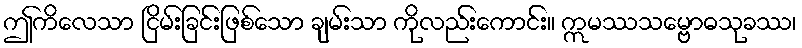
ဤကိလေသာ ငြိမ်းခြင်းဖြစ်သော ချမ်းသာ ကိုလည်းကောင်း။ ဣမဿသမ္ဗောဓသုခဿ၊